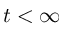
t < \infty